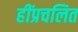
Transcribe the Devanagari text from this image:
हींप्रचलित